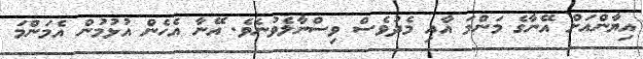
އިޔާންއަށް އޭނާގެ މަންމަ އާއި މެދުވެސް ވިސްނާލެވުނެވެ. އޭނާ އެހެން އުޅުމުން އެމަންމަ